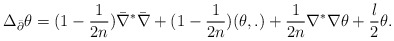
\begin{align*}\Delta_{\bar{\partial}}\theta=(1-\frac{1}{2n})\bar{\nabla}^*\bar{\nabla}+(1-\frac{1}{2n})(\theta,.)+\frac{1}{2n}\nabla^*\nabla \theta+\frac{l}{2}\theta.\end{align*}